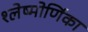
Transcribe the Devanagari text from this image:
श्लेष्मोर्णिका